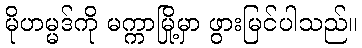
မိုဟမ္မဒ်ကို မက္ကာမြို့မှာ ဖွားမြင်ပါသည်။